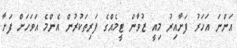
އަންނަ އަހަރު ފަށާއިރު މިއީ ޒުވާން ޓީމެއްގެ ފަރިތަކުރުން އެންމެ އަވަހަށް ފަށާ